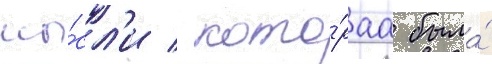
мы́сл'и / кото́раа была́